Report on inoculation in the plague infected areas of the Punjab and its dependencies from October 1900 to September 1901
Year: 1900
Disease focus: Plague
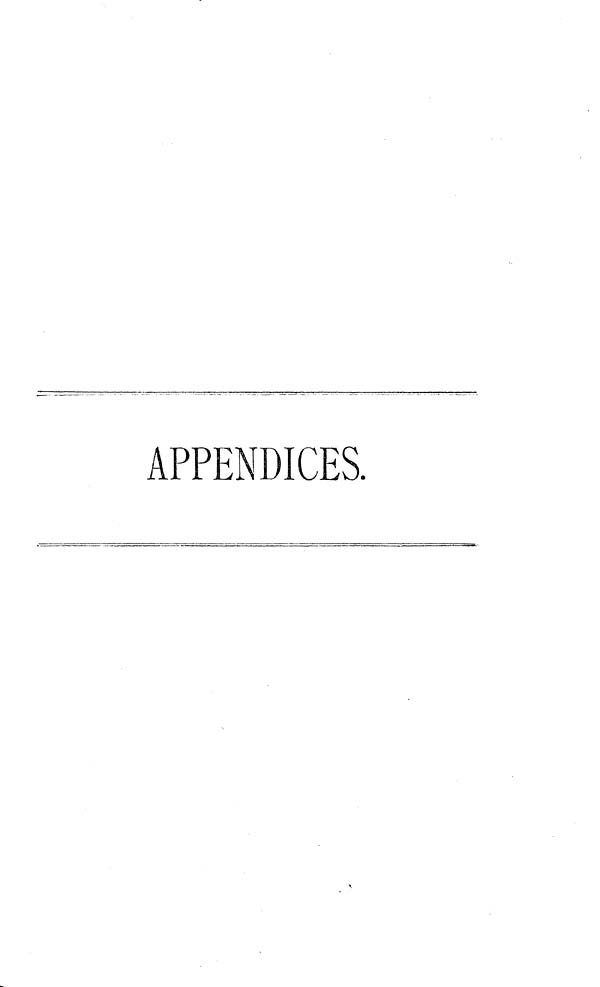
APPENDICES.